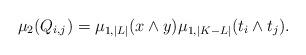
LaTeX: \begin{align*}\mu _2 (Q_{i,j}) = \mu _{1,|L|}(x \wedge y) \mu _{1,|K-L|}(t_i \wedge t_j).\end{align*}